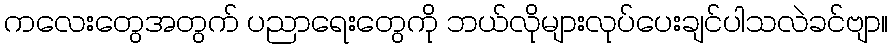
ကလေးတွေအတွက် ပညာရေးတွေကို ဘယ်လိုများလုပ်ပေးချင်ပါသလဲခင်ဗျာ။